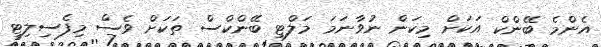
އެންމެ ބޭންކް އަކަށް މިކަން ނުވާނަމަ މަލްޓި ބޭންކްސް ތަކަށް ވެސް މިފެސިލިޓީ